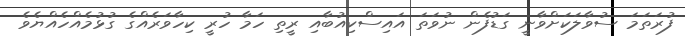
ފުރަތަމަ ސުވާލަކަށްވާނީ ގަޑުފެން ނުވަތަ އައިސްކިއުބާއި ރީތި ހަމާ ހުރީ ކިހާވަރެއްގެ ގުޅުމެއްހެއްޔެވެ